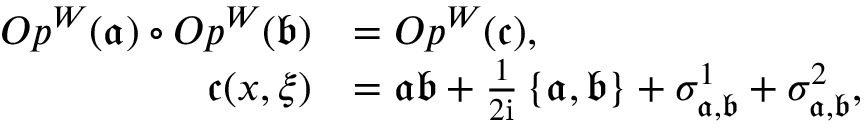
\begin{array} { r l } { O p ^ { W } ( \mathfrak { a } ) \circ O p ^ { W } ( \mathfrak { b } ) } & { = O p ^ { W } ( \mathfrak { c } ) , } \\ { { \mathfrak { c } } ( x , \xi ) } & { = \mathfrak { a } \mathfrak { b } + \frac { 1 } { 2 \mathrm { i } } \left\{ \mathfrak { a } , \mathfrak { b } \right\} + \sigma _ { \mathfrak { a } , \mathfrak { b } } ^ { 1 } + \sigma _ { \mathfrak { a } , \mathfrak { b } } ^ { 2 } , } \end{array}